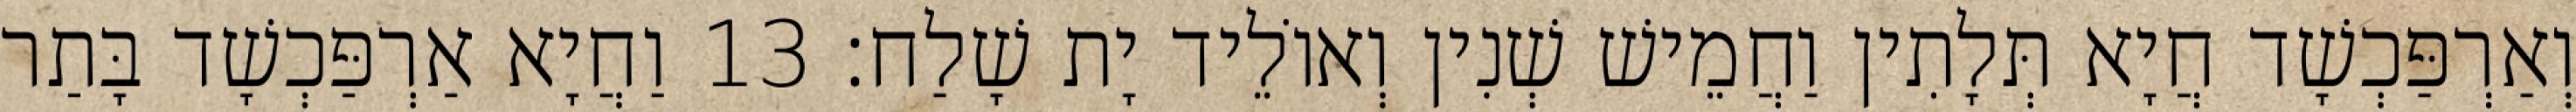
וְאַרְפַּכְשָׁד חֲיָא תְּלָתִין וַחֲמֵישׁ שְׁנִין וְאוֹלֵיד יָת שָׁלַח׃ 13 וַחֲיָא אַרְפַּכְשָׁד בָּתַר